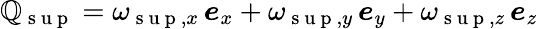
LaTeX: \boldsymbol{\mathbb{Q}}_{\mathrm{{~s~u~p~}}}=\omega_{\mathrm{{~s~u~p~}},x}\, \boldsymbol{e}_{x}+\omega_{\mathrm{{~s~u~p~}},y}\, \boldsymbol{e}_{y}+\omega_{\mathrm{{~s~u~p~}},z}\, \boldsymbol{e}_{z}